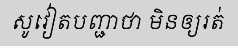
សូវៀតបញ្ជាថា មិនឲ្យរត់